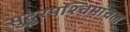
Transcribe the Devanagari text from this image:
सुदुरपश्चिमांचल